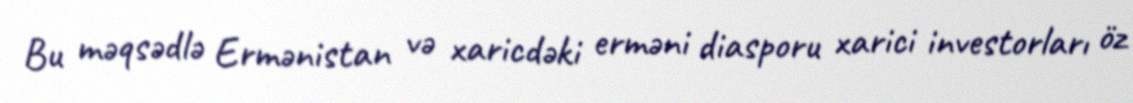
Bu məqsədlə Ermənistan və xaricdəki erməni diasporu xarici investorları öz